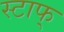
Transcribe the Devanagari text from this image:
स्टाफ्